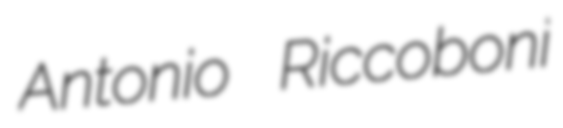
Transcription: Antonio Riccoboni